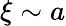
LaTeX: \xi\sim a